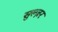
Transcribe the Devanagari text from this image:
सुल्ज़र